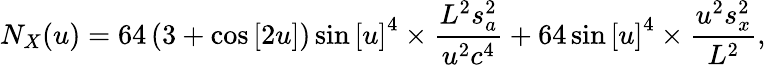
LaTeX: {N_{X}}(u)=64\left({3+\cos\left[{2u}\right]}\right)\sin{\left[u\right]^{4}}\times\frac{{{L^{2}}s_{a}^{2}}}{{{u^{2}}{c^{4}}}}+64\sin{\left[u\right]^{4}}\times\frac{{{u^{2}}s_{x}^{2}}}{{{L^{2}}}},